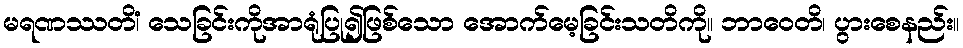
မရဏဿတိံ၊ သေခြင်းကိုအာရုံပြု၍ဖြစ်သော အောက်မေ့ခြင်းသတိကို။ ဘာဝေတိ၊ ပွားစေနည်း။